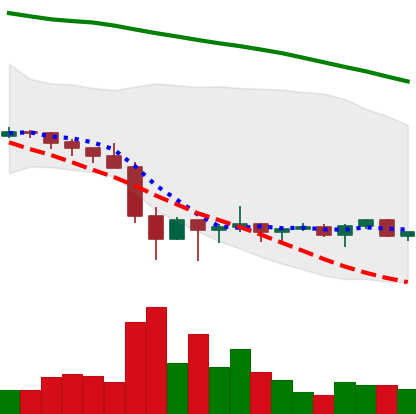
Ticker: XRP-USD
Chart end date: 2022-02-03
Forward return: 44.515%
Label: up_7plus